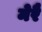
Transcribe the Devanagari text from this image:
मेरै